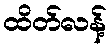
ထိတ်လန့်